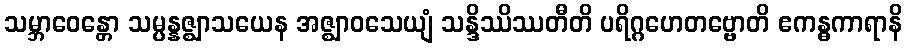
သမ္ဘာဝေန္တော သမ္ပန္နဇ္ဈာသယေန အဇ္ဈာဝသေယျံ သန္ဒိဿိဿတီတိ ပရိဂ္ဂဟေတဗ္ဗောတိ ဧကန္ဓကာရာနိ